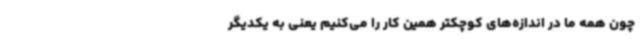
چون همه ما در اندازه‌های کوچکتر همین کار را می‌کنیم یعنی به یکدیگر